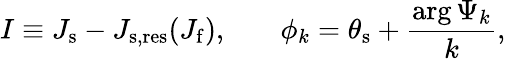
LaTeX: I\equiv J_{\mathrm{s}}-J_{\mathrm{s,res}}(J_{\mathrm{f}}),\, \, \, \, \, \, \, \, \, \, \, \phi_{k}=\theta_{\mathrm{s}}+\frac{\arg\Psi_{k}}{k},